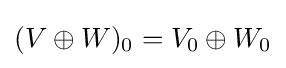
(V\oplus W)_{0}=V_{0}\oplus W_{0}